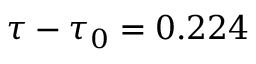
\tau - \tau _ { 0 } = 0 . 2 2 4